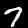
Label: 7